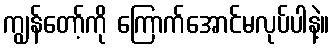
ကျွန်တော့်ကို ကြောက်အောင်မလုပ်ပါနဲ့။